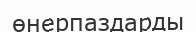
өнерпаздарды